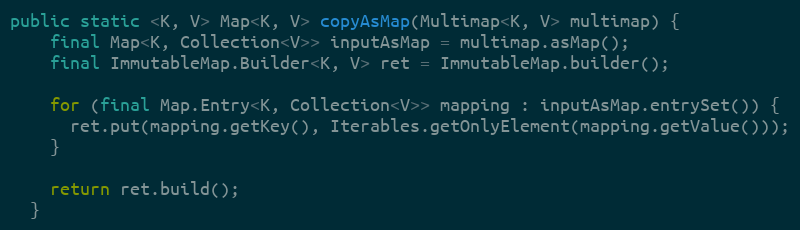
Language: Java
public static <K, V> Map<K, V> copyAsMap(Multimap<K, V> multimap) {
    final Map<K, Collection<V>> inputAsMap = multimap.asMap();
    final ImmutableMap.Builder<K, V> ret = ImmutableMap.builder();

    for (final Map.Entry<K, Collection<V>> mapping : inputAsMap.entrySet()) {
      ret.put(mapping.getKey(), Iterables.getOnlyElement(mapping.getValue()));
    }

    return ret.build();
  }